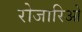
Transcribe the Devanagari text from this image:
रोजारिओ